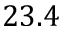
2 3 . 4